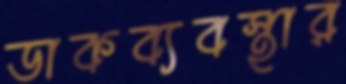
ডাকব্যবস্থার